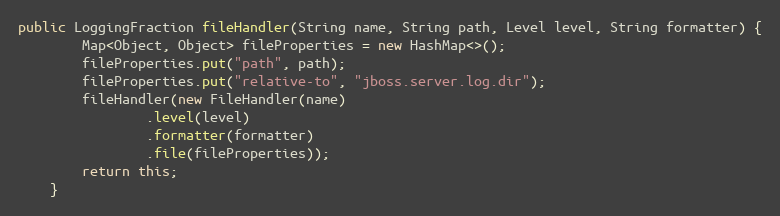
Language: Java
public LoggingFraction fileHandler(String name, String path, Level level, String formatter) {
        Map<Object, Object> fileProperties = new HashMap<>();
        fileProperties.put("path", path);
        fileProperties.put("relative-to", "jboss.server.log.dir");
        fileHandler(new FileHandler(name)
                .level(level)
                .formatter(formatter)
                .file(fileProperties));
        return this;
    }